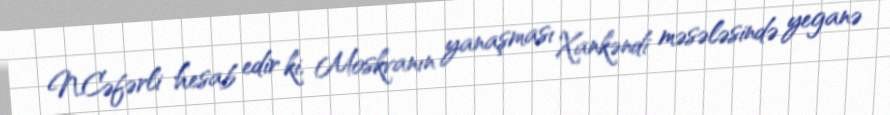
N.Cəfərli hesab edir ki, Moskvanın yanaşması Xankəndi məsələsində yeganə